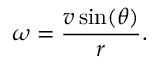
\omega = { \frac { v \sin ( \theta ) } { r } } .